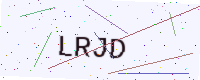
Text: LRJD